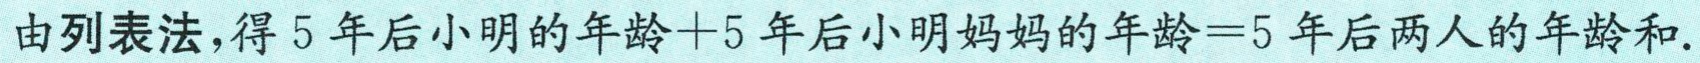
由列表法，得\(5\)年后小明的年龄\( + 5\)年后小明妈妈的年龄\(=5\)年后两人的年龄和.